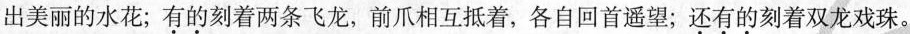
出美丽的水花；有的刻着两条飞龙，前爪相互抵着，各自回首遥望；还有的刻着双龙戏珠。